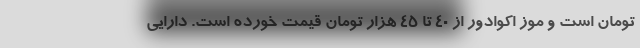
تومان است و موز اکوادور از 40 تا 45 هزار تومان قیمت خورده است. دارایی